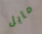
مايل